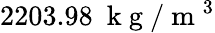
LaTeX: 2203.98~\mathrm{~k~g~}/\mathrm{~m~}^{3}